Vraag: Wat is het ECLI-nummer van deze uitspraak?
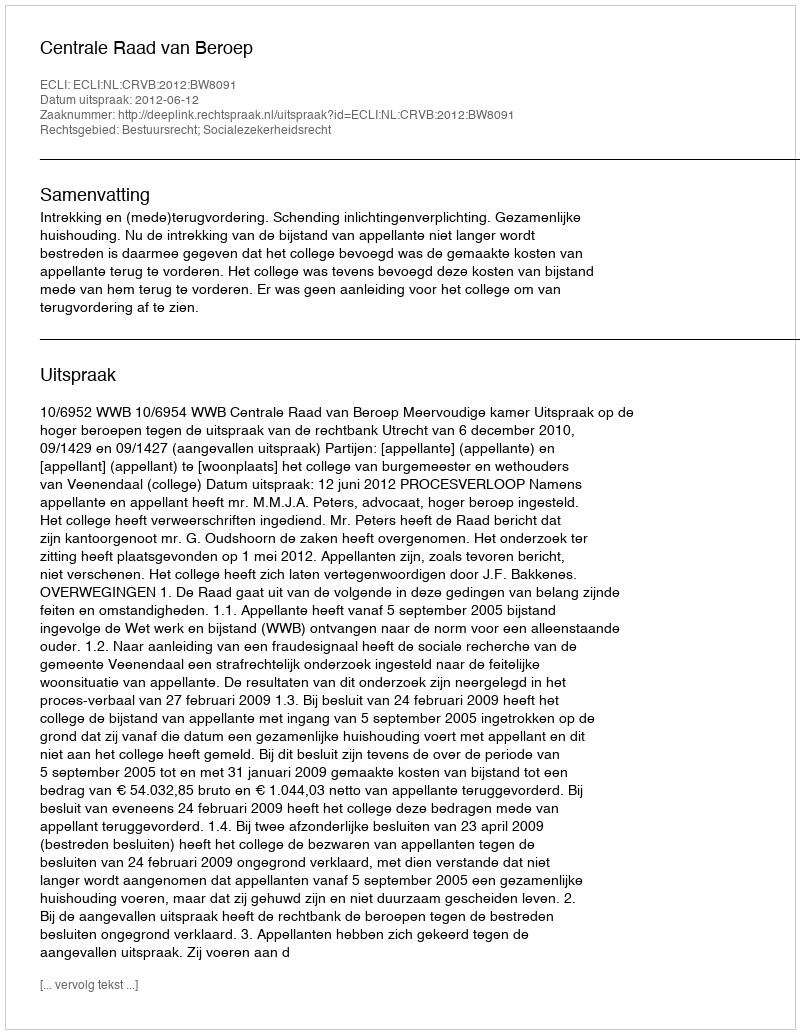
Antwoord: ECLI:NL:CRVB:2012:BW8091